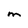
Character: M